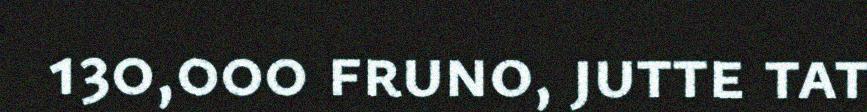
130,000 fruno, jutte tat